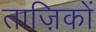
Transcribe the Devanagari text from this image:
ताज़िकों